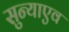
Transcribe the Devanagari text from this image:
सुन्याएव